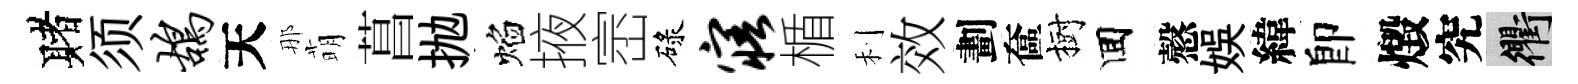
赌须鸪天那萌菖抛焰掖崈碌寤楯利效劃奩樹囬慤娱緯卽燬究衢